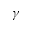
\gamma